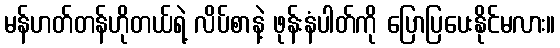
မန်ဟတ်တန်ဟိုတယ်ရဲ့ လိပ်စာနဲ့ ဖုန်းနံပါတ်ကို ပြောပြပေးနိုင်မလား။